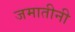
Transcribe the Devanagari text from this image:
जमातीनी